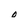
Character: 0